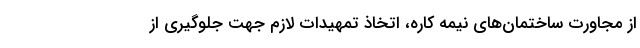
از مجاورت ساختمان‌های نیمه کاره، اتخاذ تمهیدات لازم جهت جلوگیری از